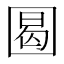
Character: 𡇼